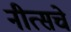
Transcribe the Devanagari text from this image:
नीत्सचे